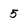
Character: 5